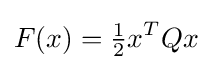
F(x)={\tfrac {1}{2}}x^{T}Qx